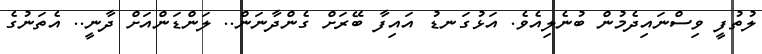
ލުތުފީ ވިސްނައިދެމުން ބުނެލިއެވެ. އަޅުގަނޑު އައިފާ ބޭރަށް ގެންދާނަން.. ލަންޑަންއަށް ދާނީ.. އެތަނުގެ